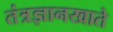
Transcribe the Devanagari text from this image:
तंत्रज्ञानखाते